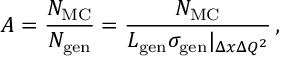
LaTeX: { \cal A } = \frac { N _ { \mathrm { M C } } } { N _ { \mathrm { g e n } } } = \frac { N _ { \mathrm { M C } } } { { \cal L } _ { \mathrm { g e n } } \sigma _ { \mathrm { g e n } } | _ { \Delta x \Delta Q ^ { 2 } } } \, ,